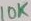
Text: 10K